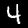
Label: 4